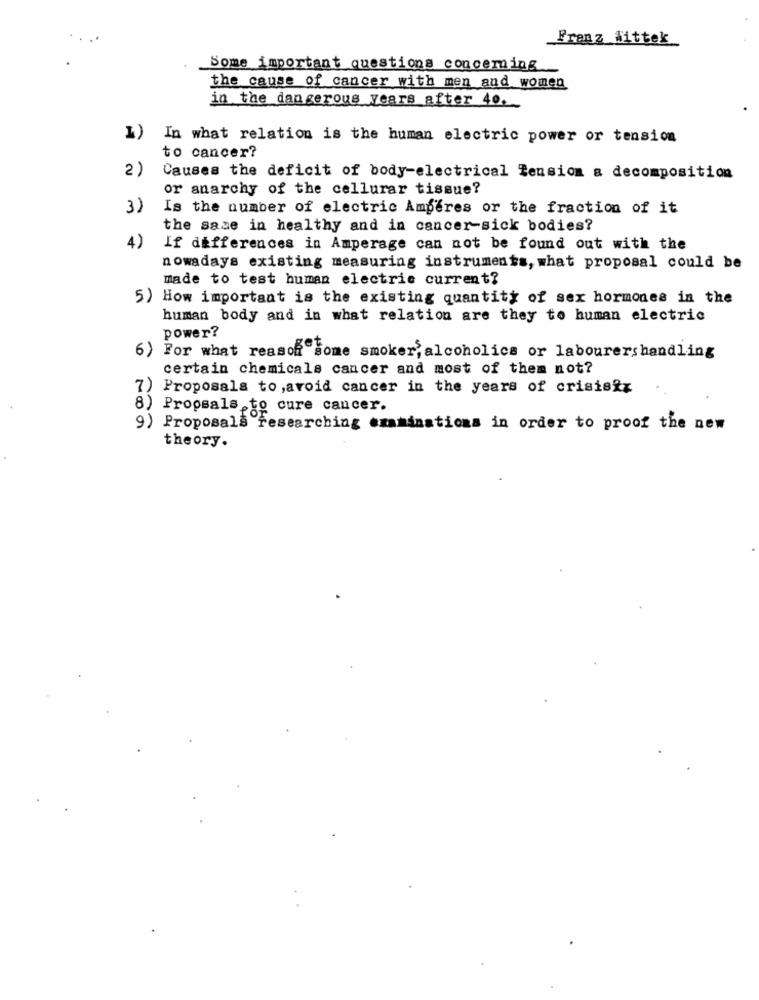
Frenz Wittek
Some important Questionis cou como is
the cause of cancer with men and women
in the dangerous years after 40.
1)
In what relation is the human electric power or tension
to cancer?
2)
Causes the deficit of body-electrical Tension a decomposition
or anarchy of the cellurar tissue?
3)
Is the number of electric Amperes or the fraction of it
the same in healthy and in cancer-sick bodies?
4)
If differences in Amperage can not be found out with the
nowadays existing measuring instruments, what proposal could be
made to test human electric current?
5) How important is the existing quantity of sex hormones in the
human body and in what relation are they to human electric
power?
6) For what reasonto
"some smoker, alcoholics or labourershandling
certain chemicals cancer and most of them not?
7) Proposals to,avoid cancer in the years of crisisiz
8) Propsals to cure cancer.
9) Proposals researching examinations in order to proof the new
theory.